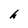
Character: h